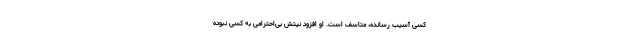
کسی آسیب رسانده، متاسف است. او افزود نیتش بی‌احترامی به کسی نبوده